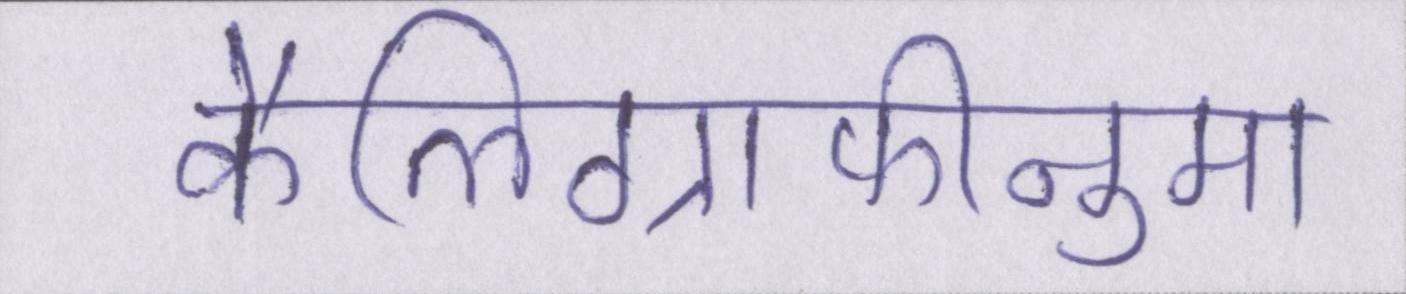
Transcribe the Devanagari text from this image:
कैलिग्राफीनुमा